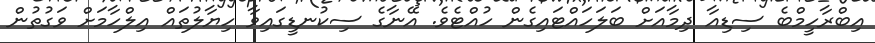
އިބްރާހީމްބެ ސިޑިއާ ދިމާއަށް ބަލަހައްޓައިގެން ހުއްޓެވެ. އޭނާގެ ސިކުނޑީގައިވާ ހިޔާލުތައް އިލްހާމަށް ވަގުތުން